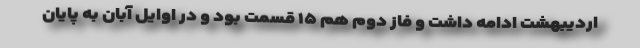
اردیبهشت ادامه داشت و فاز دوم هم ۱۵ قسمت بود و در اوایل آبان به پایان